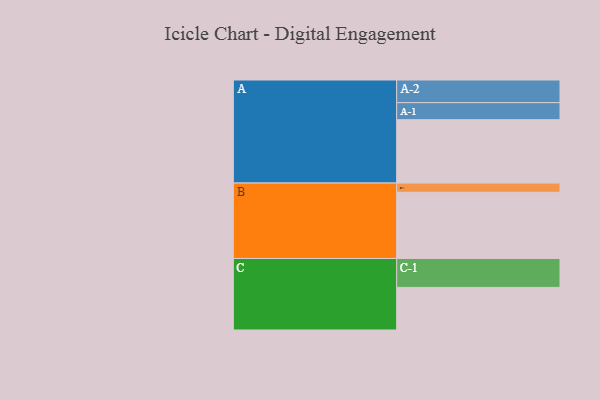
{"axis": {"x": "Segment", "y": "Value"}, "legend": ["", "A", "B", "C"], "data": [{"x": "A", "y": 543, "type": ""}, {"x": "B", "y": 567, "type": ""}, {"x": "C", "y": 365, "type": ""}, {"x": "A-1", "y": 146, "type": "A"}, {"x": "A-2", "y": 194, "type": "A"}, {"x": "B-1", "y": 79, "type": "B"}, {"x": "C-1", "y": 248, "type": "C"}]}